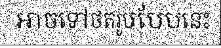
អាចទៅថតរូបបែបនេះ